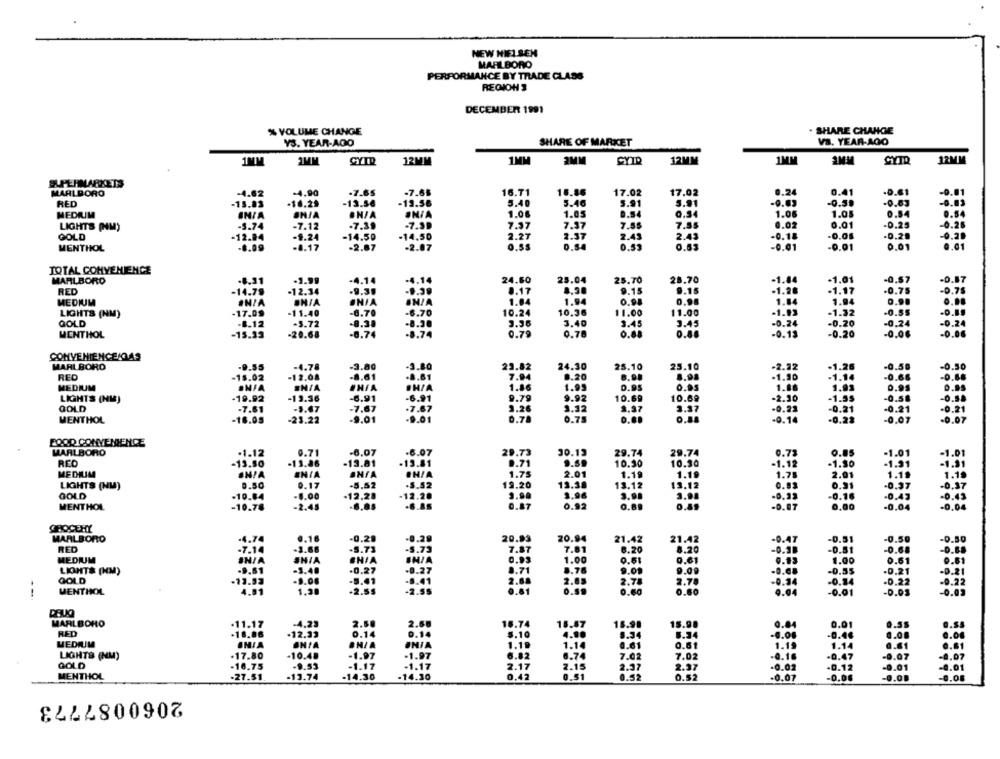
NEW HIEL BEM
MARLBORO
PERFORMANCE BY TRADE CLASS
REGION 3
DECEMBER 1991
SHARE CHANGE
% VOLUME CHANGE
YS. YEAR-AGO
SHARE OF MARKET
VS. YEAR-AGO
12MM
2MM
12MM
1MM
1MM
CYTO
12MM
1MM
1MM
CYID
1MM
CYIR
SUPERMARKETS
MARLBORO
-4.62
-4.90
-7.65
-7.68
16.71
16.86
17.02
17.02
0.24
0.41
-0.61
-0.01
RED
-15.03
-$6.25
-13.50
-13.56
5.40
5.46
5.91
5.91
-9.03
-0.39
-0.83
-0.83
MEDIUM
ON/A
1.06
1.05
0.84
0.54
1.06
1.05
0.54
0.54
INTA
LIGHTS (NM)
-5.74
-7.12
.7.39
-7.39
7.37
7.37
7.85
7.55
0.02
0.01
-0.25
0.26
GOLD
-12.94
-14.50
-14.50
2.27
2.37
2.43
2.43
0.18
.0.06
.0.20
-0.20
-9.24
MENTHOL
-8.17
-2.87
-2.87
0.55
0.54
0.53
0.53
-0.01
-0.01
0.01
0.01
TOTAL CONVENIENCE
MARLBORO
-8,31
-3.99
.4.14
-4.14
24.60
25.04
25.70
28.70
-1.84
-1.01
-0.57
9.15
9.15
-1.28
RED
-14.79
-12.34
-9.3.
-9.39
8.17
-1.17
.0.75
MEDIUM
INIA
BHIA
ONIA
IN/A
1.04
1.94
0.94
1.14
1.94
....
.17.09
-11.40
-8.70
-6.70
10.36
11.00
11.00
-1.93
-1.32
-0.55
LIGHTS (NM)
10.24
GOLD
.1.12
-3.72
-8.38
-8.30
3.96
3.40
3.45
3.45
-0.24
-0.20
-0.24
-0.24
MENTHOL
-15.33
-20.68
-0.74
.8.74
0.79
0.78
0.68
-0.13
-0.20
-0.00
-0.06
CONVENIENCEKAS
MARLBORO
-3.80
24.30
-9.55
-4.78
-3.8
29.82
25.10
25.10
-2.22
-1.26
-0.58
-0.50
REC
-15.02
-12.08
7.94
8.20
8.98
.1.30
-1.14
-0.66
-0.00
MEDIUM
SHIA
ENIA
1.95
0.95
0.95
1.88
1.93
0.91
1.86
LIGHTS (NM)
-19.92
-13.36
-6.91
9.79
9.92
10.69
10.69
-2.30
-1.3$
-0.58
-0.5.
GOLD
-7.61
7.67
3.26
3.32
3.37
-0.23
-0.21
-0.21
-0.21
0.70
0.75
-0.22
MENTHOL
-16.05
-23.22
-9.01
0.80
-0.14
-0.07
-0.07
FOOD CONVENIENCE
MARLBORO
.1.12
0.71
-6.07
.6.07
29.73
30.13
29.74
29.74
0.73
0.85
-1.01
RCO
-13.50
-13.86
-13.81
9.69
10.30
10.30
-1.12
-1.80
-1.31
MEDILIM
#NIA
ENIA
1.75
2.01
1.19
1.19
1.78
2.01
1.10
1.18
LIGHTS (NM)
0.50
0.17
-5,52
5.52
19.20
13.38
13.12
13.12
0.83
0.91
-0.37
-0,37
12.20
3.96
3.98
GOLD
-10.84
-0.00
-12.28
3.98
-0,33
-0.16
-0,43
-0.45
MENTHOL
-10.78
-2.45
0.87
0.92
-0.07
0.00
-0.04
-0.04
CHOCEHY
MARLBORO
.4.74
0.16
-0.29
-0.29
20.93
20.94
21.42
21.42
-0.AT
-0.51
-0.50
.J.66
RED
-7.14
-5.73
-5.73
7.87
7.81
8.20
8.20
-0.81
-0.68
MEDIUM
IN/A
#N/A
IN/A
0.99
1.00
0.61
0.61
0.13
1.00
0.61
LIGHT& (MM)
.9.51
-3.40
-0.27
-0.27
8.71
8.76
9.09
9.09
-0.55
.0.21
-0.21
.13.53
GOLD
-1.06
-5.41
-8.41
2.88
2.78
2.78
-0.34
-0.34
-0.22
-0.22
MENTHOL
4.01
1.3
.2.5$
-2.55
0.61
O.S.
0.60
0.60
9.04
-0.01
-0.03
-0.03
MARLBORO
.11.17
-4,23
2.50
2.68
16.74
18.87
18.90
1.90
15.9.
0.04
0.01
0.55
RED
.18.86
.12.33
0.14
0.14
5.10
3.34
6.34
-0.0.
-0.4.
.. 06
0.06
MEDRIM
INIA
BNIA
JNIA
1.19
1.14
0.61
1.19
1.14
0.61
0.61
LIGHTS (NM)
.17.80
-10.4.
-1.97
-1.97
6.82
0.74
7.02
7.02
-0.16
-0.47
-0.07
-0.07
GOLD
-16.75
-9.53
-1.17
-1.17
2.17
2.15
2.37
2.37
-0.02
-0.12
-0.01
-0.01
MENTHOL
-13.74
-14.30
0.42
0.51
0.52
.27.51
-14.30
0.52
-0.07
-0.06
-0.00
-0.08
2060087773